Annual report of the Punjab Veterinary College and of the Civil Veterinary Department, Punjab - 1909-1919
Year: 1909
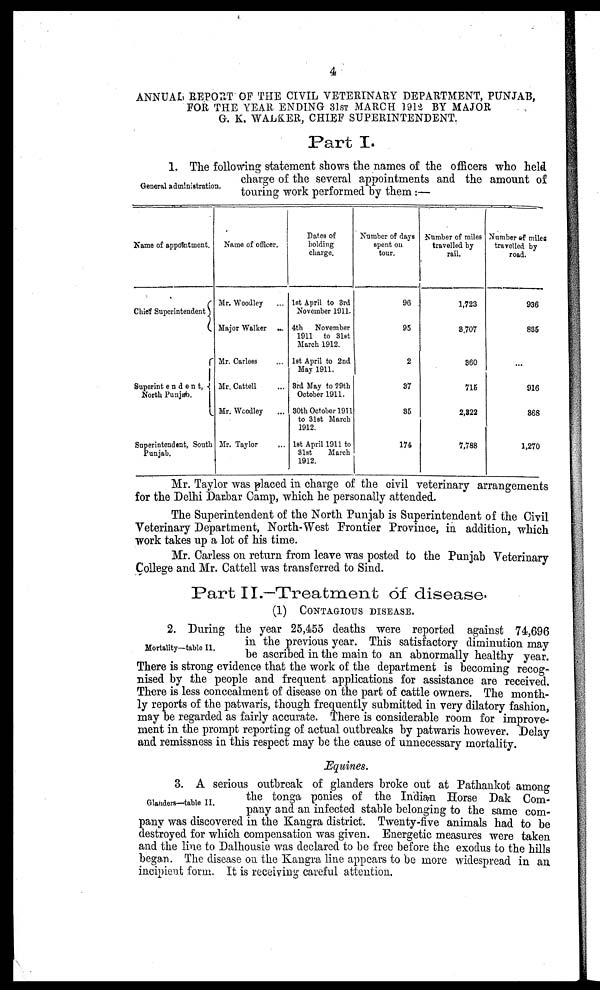
4
ANNUAL REPORT OF THE CIVIL VETERINARY DEPARTMENT, PUNJAB,
FOR THE YEAR ENDING 31ST MARCH 1912 BY MAJOR
G. K. WALKER, CHIEF SUPERINTENDENT.
Part I.
General administration.
1. The following statement shows the names of the officers who held
charge of the several appointments and the amount of
touring work performed by them:—
Name of appointment.
Chief Superintendent
Superintendent,
North Punjab.
Superintendent, South
Punjab.
Name of officer.
Mr. Woodley ...
Major Walker ...
Mr. Carless ...
Mr. Cattell ...
Mr. Woodley ...
Mr. Taylor ...
Dates of
holding
charge.
1st April to 3rd
November 1911.
4th
November
1911 to 31st
March 1912.
1st April to 2nd
May 1911.
8rd May to 59th
October 1911.
30th October 1911
to 31st March
1912.
1st April 1911 to
31st
March
1912.
Number of days
spent on
tour.
96
95
2
37
35
174
Number of miles
travelled by
rail.
1,723
8,707
360
715
2,322
7,788
Number of miles
travelled by
road.
936
835
...
916
368
1,270
Mr. Taylor was placed in charge of the civil veterinary arrangements
for the Delhi Darbar Camp, which he personally attended.
The Superintendent of the North Punjab is Superintendent of the Civil
Veterinary Department, North-West Frontier Province, in addition, which
work takes up a lot of his time.
Mr. Carless on return from leave was posted to the Punjab Veterinary
College and Mr. Cattell was transferred to Sind.
Part II.—Treatment of disease.
(1) CONTAGIOUS DISEASE.
Mortality—table II.
2. During the year 25,455 deaths were reported against 74,696
in the previous year. This satisfactory diminution may
be ascribed in the main to an abnormally healthy year.
There is strong evidence that the work of the department is becoming recog-
nised by the people and frequent applications for assistance are received.
There is less concealment of disease on the part of cattle owners. The month-
ly reports of the patwaris, though frequently submitted in very dilatory fashion,
may be regarded as fairly accurate. There is considerable room for improve-
ment in the prompt reporting of actual outbreaks by patwaris however. Delay
and remissness in this respect may be the cause of unnecessary mortality.
Equines.
Glanders—table II.
3. A serious outbreak of glanders broke out at Pathankot among
the tonga ponies of the Indian Horse Dak Com-
pany and an infected stable belonging to the same com-
pany was discovered in the Kangra district. Twenty-five animals had to be
destroyed for which compensation was given. Energetic measures were taken
and the line to Dalhousie was declared to be free before the exodus to the hills
began. The disease on the Kangra line appears to be more widespread in an
incipient form. It is receiving careful attention.